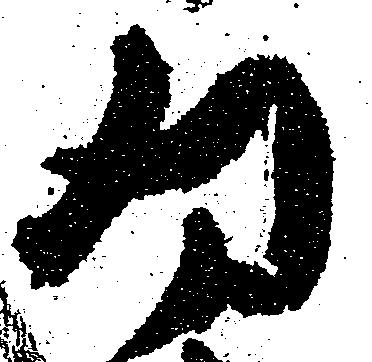
為